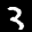
Label: 3